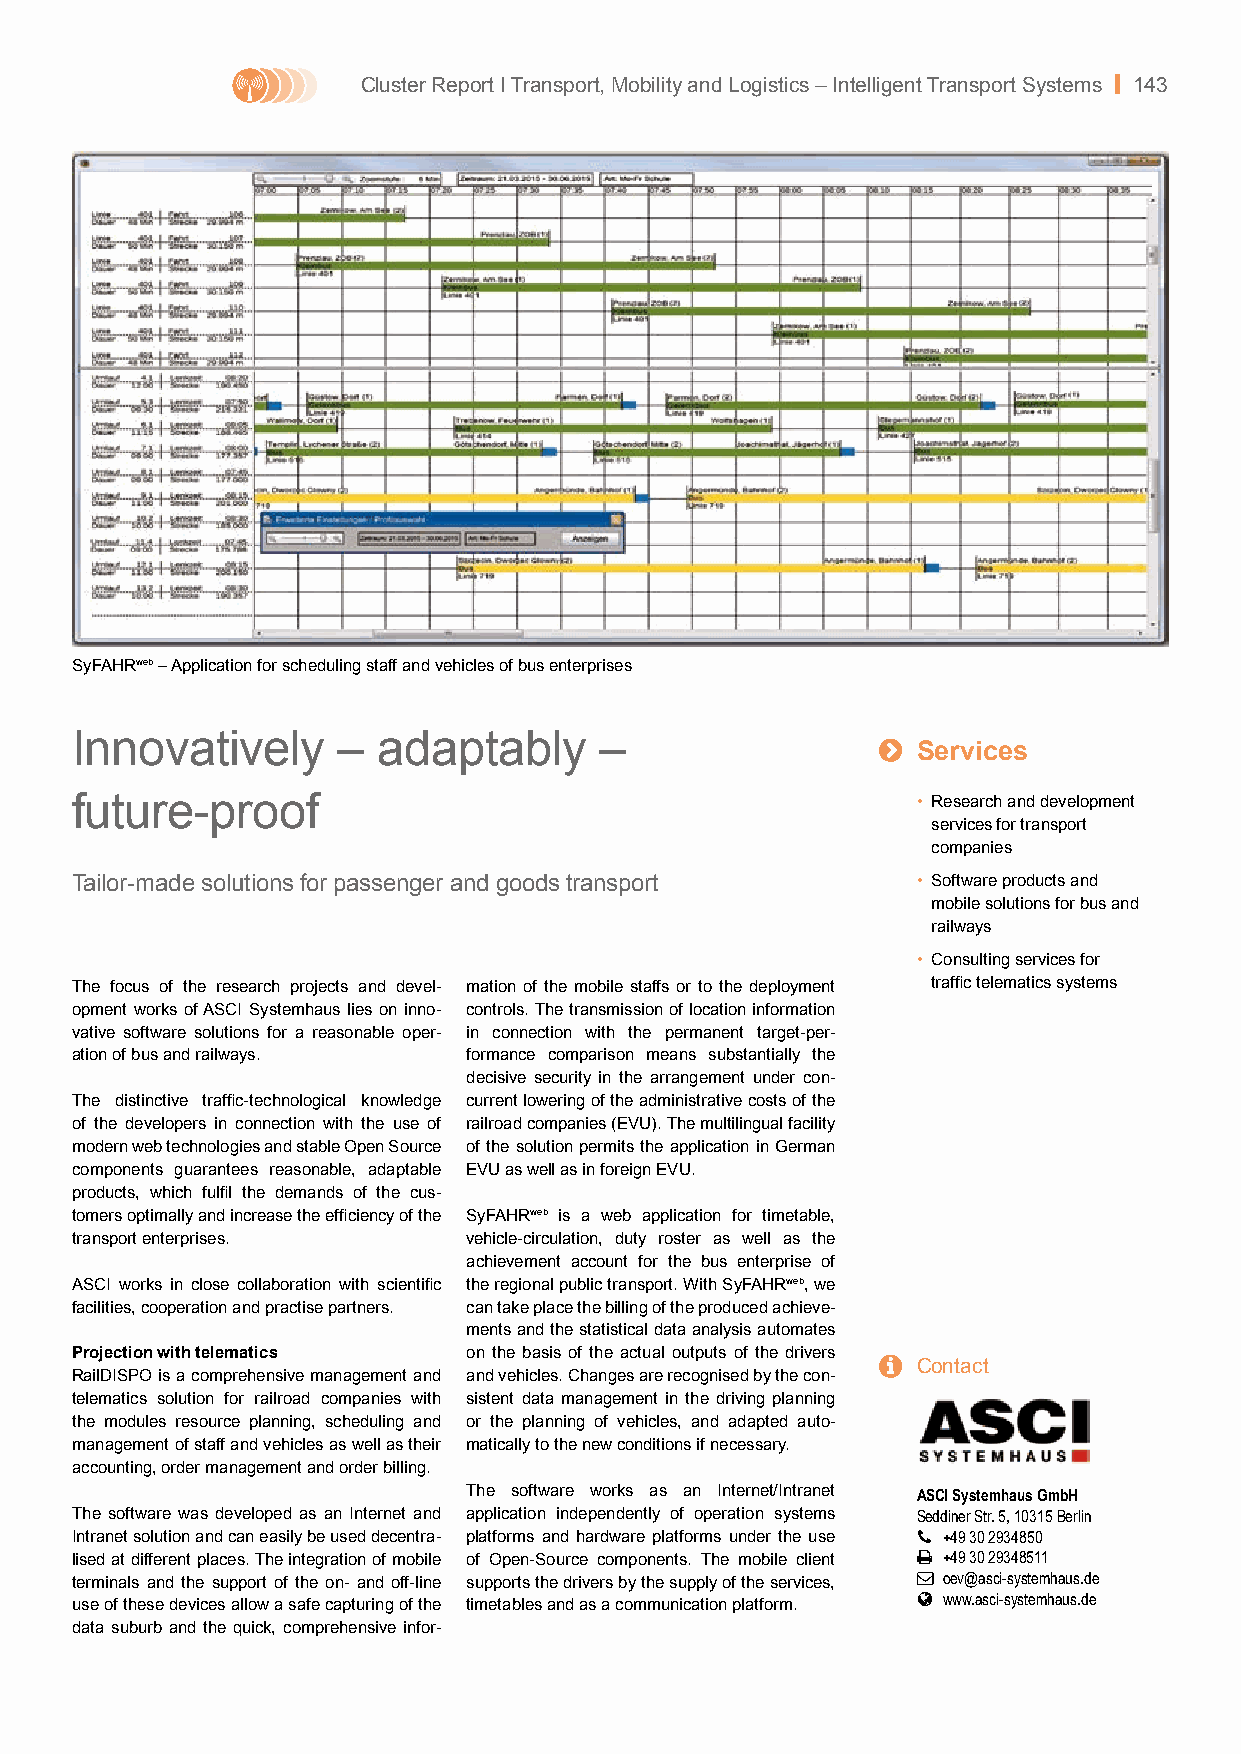
Cluster Report I Transport, Mobility and Logistics – Intelligent Transport Systems | 143
 SyFAHRweb – Application for scheduling staff and vehicles of bus enterprises
 Innovatively     –  adaptably      –                 
 Services
 future-proof                                            • Research and development
 services for transport
 companies
 Tailor-made solutions for passenger and goods transport • Software products and
 mobile solutions for bus and
 railways
 • Consulting services for
 The focus of the research projects and devel- mation of the mobile staffs or to the deployment traffic telematics systems
 opment works of ASCI Systemhaus lies on inno- controls. The transmission of location information
 vative software solutions for a reasonable oper- in connection with the permanent target-per-
 ation of bus and railways. formance comparison means substantially the
 decisive security in the arrangement under con-
 The distinctive traffic-technological knowledge current lowering of the administrative costs of the
 of the developers in connection with the use of railroad companies (EVU). The multilingual facility
 modern web technologies and stable Open Source of the solution permits the application in German
 components guarantees reasonable, adaptable EVU as well as in foreign EVU.
 products, which fulfil the demands of the cus-
 tomers optimally and increase the efficiency of the SyFAHRweb is a web application for timetable,
 transport enterprises.    vehicle-circulation, duty roster as well as the
 achievement account for the bus enterprise of
 ASCI works in close collaboration with scientific the regional public transport. With SyFAHRweb, we
 facilities, cooperation and practise partners. can take place the billing of the produced achieve-
 ments and the statistical data analysis automates
 Projection with telematics on the basis of the actual outputs of the drivers  Contact
 RailDISPO is a comprehensive management and and vehicles. Changes are recognised by the con-
 telematics solution for railroad companies with sistent data management in the driving planning
 the modules resource planning, scheduling and or the planning of vehicles, and adapted auto-
 management of staff and vehicles as well as their matically to the new conditions if necessary.
 accounting, order management and order billing.
 The software works as an Internet/Intranet ASCI Systemhaus GmbH
 The software was developed as an Internet and application independently of operation systems Seddiner Str. 5, 10315 Berlin
 Intranet solution and can easily be used decentra- platforms and hardware platforms under the use  +49 30 2934850
 lised at different places. The integration of mobile of Open-Source components. The mobile client  +49 30 29348511
 terminals and the support of the on- and off-line supports the drivers by the supply of the services,  oev@asci-systemhaus.de
  www.asci-systemhaus.de
 use of these devices allow a safe capturing of the timetables and as a communication platform.
 data suburb and the quick, comprehensive infor-